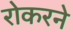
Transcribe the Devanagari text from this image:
रोकरने